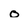
Character: o